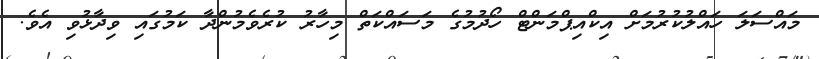
މައްސަލަ ހައްލުކުރުމަށް އިކްއިޕްމަންޓް ހޯދުމުގެ މަސައްކަތް މިހާރު ކުރެވެމުންދާ ކަމުގައި ވިދާޅުވި އެވެ.